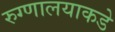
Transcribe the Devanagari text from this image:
रुग्णालयाकडे